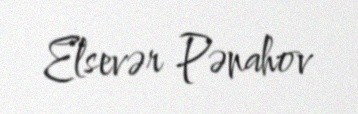
Elsevər Pənahov